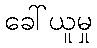
ခေါ်ယူမှု